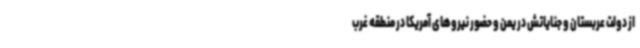
از دولت عربستان و جنایاتش در یمن و حضور نیروهای آمریکا در منطقه غرب